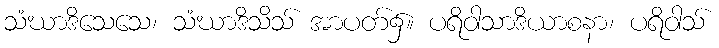
သံဃာဒိသေသေ၊ သံဃာဒိသိသ် အာပတ်၌။ ပရိဝါသာဒိယာစနာ၊ ပရိဝါသ်